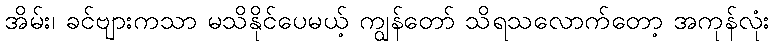
အိမ်း၊ ခင်ဗျားကသာ မသိနိုင်ပေမယ့် ကျွန်တော် သိရသလောက်တော့ အကုန်လုံး